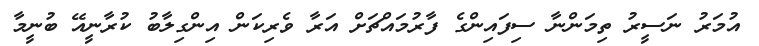
އުމަރު ނަސީރު ތިމަންނާ ސިފައިންގެ ފާރުމައްޗަށް އަރާ ވެރިކަން އިންގިލާބު ކުރާނީއޭ ބުނީމާ